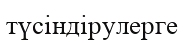
түсіндірулерге